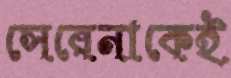
সেরেনাকেই